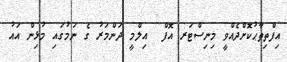
އިފްތިތާޙުކޮށްދެއްވީ މިނިސްޓަރ އޮފް  އިލްމީ ދަންމަރު ގެ ނަމުގައި މުޅިން އައު